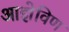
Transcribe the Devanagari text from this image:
आज्ञेविण